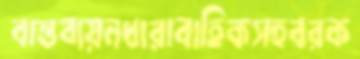
বাস্তবায়নধারাবাহিকসহবরক